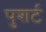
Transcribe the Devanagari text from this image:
पुशर्ट